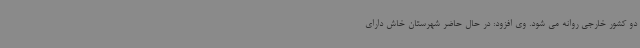
دو کشور خارجی روانه می شود. وی افزود: در حال حاضر شهرستان خاش دارای